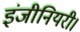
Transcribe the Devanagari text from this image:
इंजीनियरी।